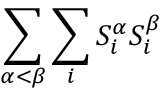
\sum _ { \alpha < \beta } \sum _ { i } S _ { i } ^ { \alpha } S _ { i } ^ { \beta }